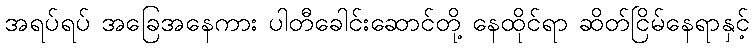
အရပ်ရပ် အခြေအနေကား ပါတီခေါင်းဆောင်တို့ နေထိုင်ရာ ဆိတ်ငြိမ်နေရာနှင့်